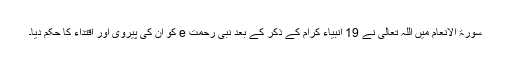
سورۃ الانعام میں اللہ تعالیٰ نے 19 انبیاء کرام کے ذکر کے بعد نبی رحمت e کو ان کی پیروی اور اقتداء کا حکم دیا۔